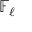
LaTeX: \mathbb { F } _ { \ell }